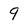
Character: 9